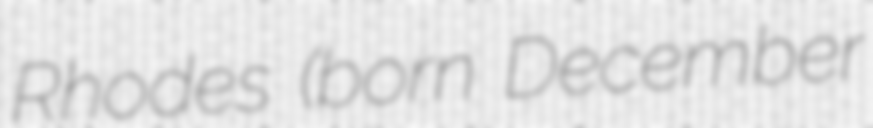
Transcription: Rhodes (born December